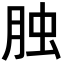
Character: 𦚭